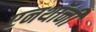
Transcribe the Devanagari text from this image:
एनथॉनी